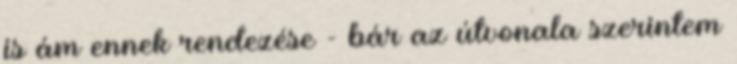
is ám ennek rendezése - bár az útvonala szerintem